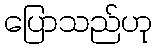
ပြောသည်ဟု